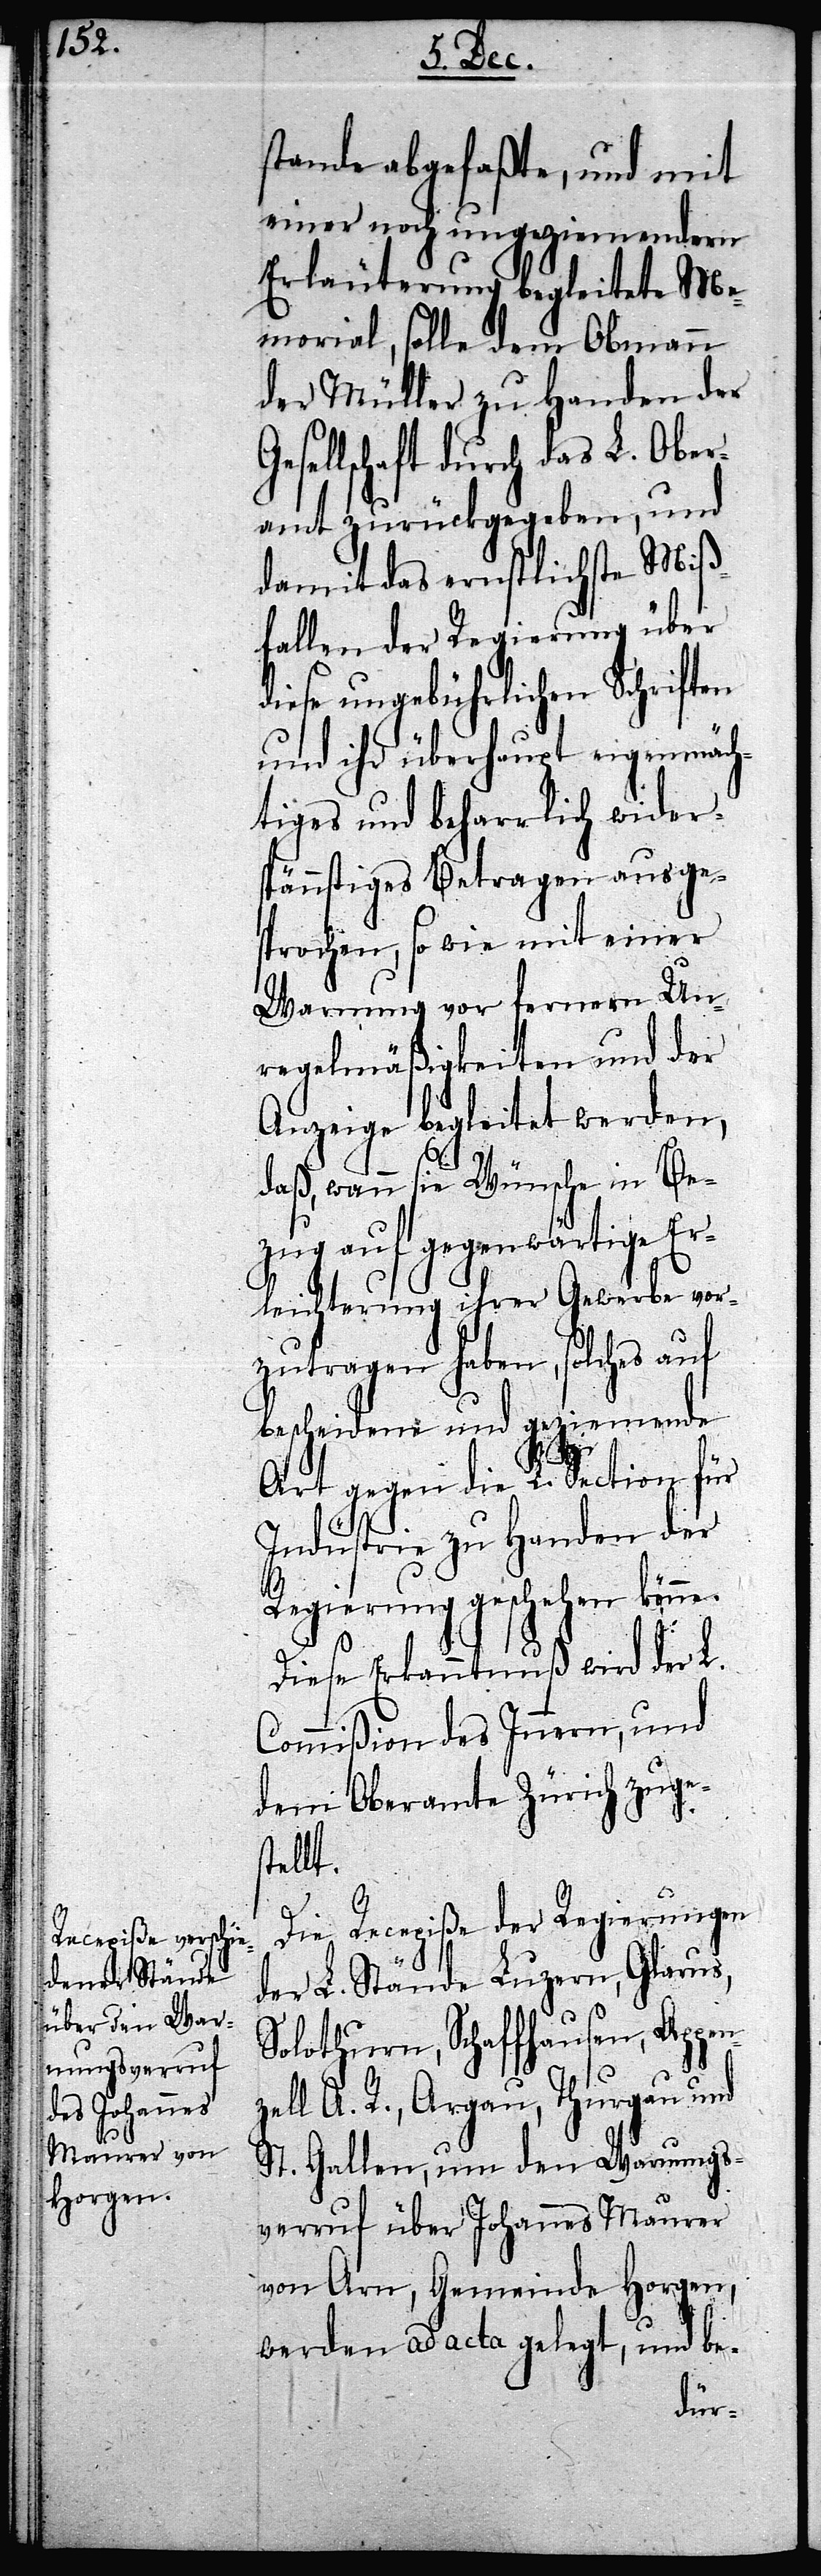
stande abgefaßte, und mit
einer noch ungeziemendern
Erläuterung begleitete Me¬
morial, solle dem Obmann
der Müller zu Handen der
sellschaft durch das L. Obera¬
ich zurückgegeben, und
damit das ernstliche Miß¬
fallen der Regierung über
diese ungebührlichen Schriften
und ihr überhaupt eigenmäch¬
tiges und beharrlich wider¬
spännstiges Betragen ausge¬
sprochen, so wie mit einer
Warnung vor fernern Un¬
regelmäßigkeiten und der
Anzeige begleitet werden,
daß, wann sie Wünsche in Be¬
zug auf gegenwärtige Er¬
leichterung ihrer Gewerbe vor¬
zutragen haben, solches auf
bescheidene und geziemende
z¬
Art gegen die L. Section für
Industrie zu Handen der
Regierung geschehen könne.
Diese Erkanntnuß wird der L.
Commißion des Innern, und
dem Oberamte Zürich zuges¬
tellt.
Die Recepiße der Regierungen
der L. Stände Luzern, Glarus,
Solothurn, Schaffhausen, Appen¬
ell A. R., Argau, Thurgau und
St. Gallen, um den Warnungs¬
verruf über Johannes Maurer
von Arn, Gemeinde Horgen,
werden ad acta gelegt, und be-
Zür¬